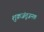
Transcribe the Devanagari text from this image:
शुक्रजंतूजनक